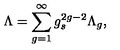
\Lambda = \sum _ { g = 1 } ^ { \infty } g _ { s } ^ { 2 g - 2 } \Lambda _ { g } ,